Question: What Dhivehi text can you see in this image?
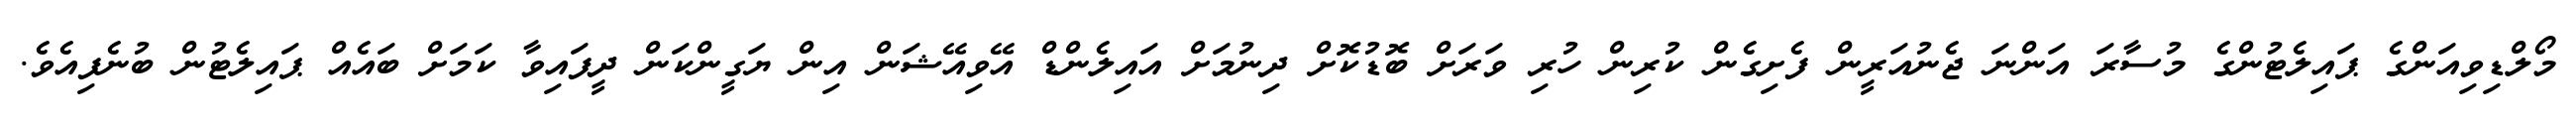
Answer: މޯލްޑިވިއަންގެ ޕައިލެޓުންގެ މުސާރަ އަންނަ ޖެނުއަރީން ފެށިގެން ކުރިން ހުރި ވަރަށް ބޮޑުކޮށް ދިނުމަށް އައިލެންޑް އޭވިއޭޝަން އިން ޔަގީންކަން ދީފައިވާ ކަމަށް ބައެއް ޕައިލެޓުން ބުނެފިއެވެ.